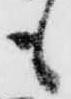
も